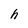
Character: h